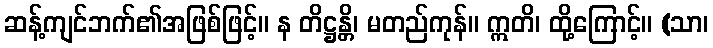
ဆန့်ကျင်ဘက်၏အဖြစ်ဖြင့်။ န တိဋ္ဌန္တိ၊ မတည်ကုန်။ ဣတိ၊ ထို့ကြောင့်။ (သာ၊